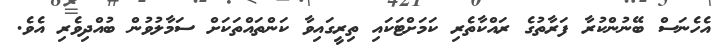
އެހެނަސް ބޭނުންކުރާ ފަރާތުގެ ރައްކާތެރި ކަމަށްޓަކައި ތިރީގައިވާ ކަންތައްތަކަށް ސަމާލުވުން ބުއްދިވެރި އެވެ.